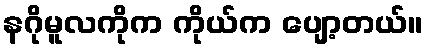
နဂိုမူလကိုက ကိုယ်က ပျော့တယ်။